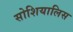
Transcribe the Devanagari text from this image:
सोशियालिस